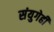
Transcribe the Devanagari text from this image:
संयुगेही